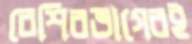
বেশিরভাগেরই